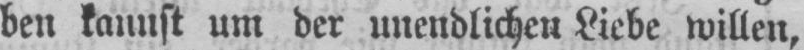
ben kannst um der unendlichen Liebe willen,